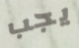
يجب